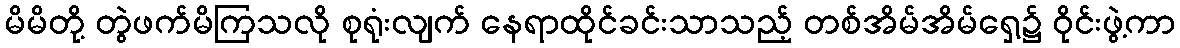
မိမိတို့ တွဲဖက်မိကြသလို စုရုံးလျက် နေရာထိုင်ခင်းသာသည့် တစ်အိမ်အိမ်ရှေ့၌ ဝိုင်းဖွဲ့ကာ